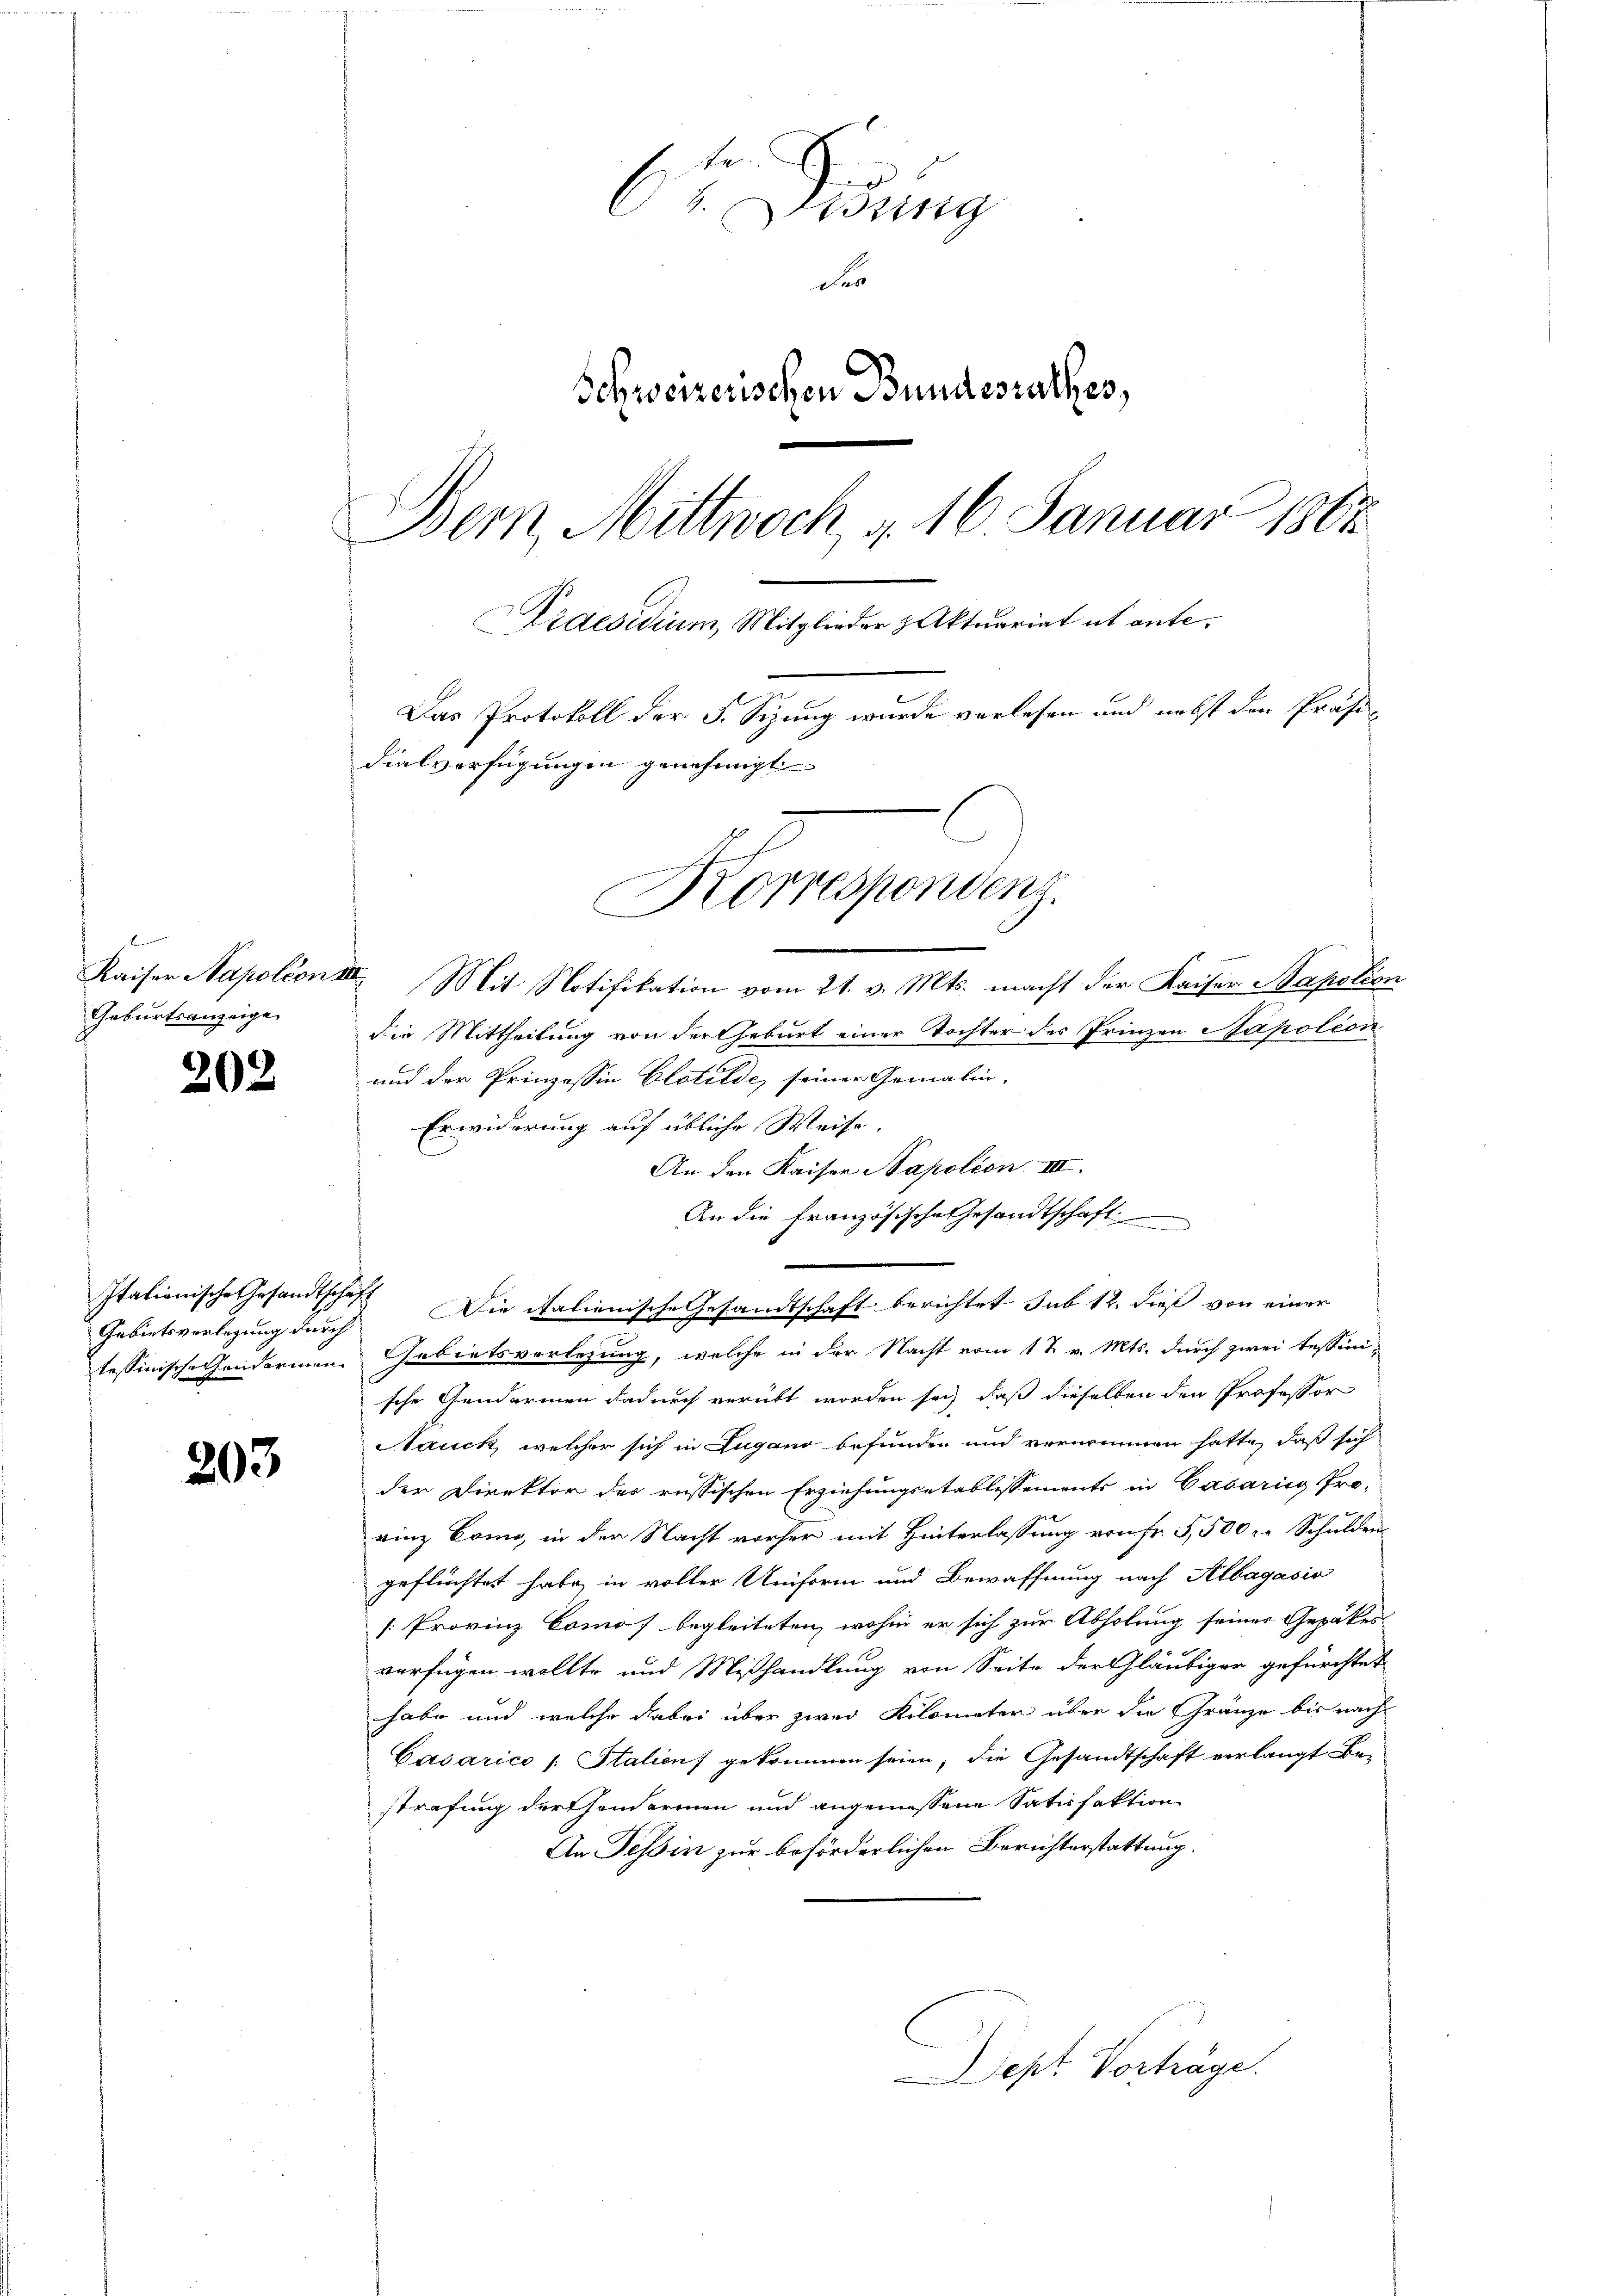
f
Kaiser Napoléon
Geburtsanzeige

202

203

6
zing
Schweizerischen Bundesrathes,
Bern, Mittwoch v. 16 Januar 1865.
Eidesidium, Mitglieder Aktuariat et ante¬
Das Protokoll der F. Sizung wurde verlesen und nebst den Präsidialverfügungen genehmigt

Italionische Gesandtschaf
Gebietsverlegung durch
tessinische Gendarmen

Korrespondenz.
II. Mit Notifikation vom 21. v. Mts. macht der Kaiser Napoléon

die Mittheilung von der Geburt einer Tochter des Prinzen Napoleon
und der Prinzessin Clotilde, seiner Gemälin-
Erwiderung auf übliche Weise.
An den Kaiser Napolion III.
An die französische Gesandtschaft
 Die italienische Gesandtschaft berichtet sub 12. dieß von einer
Gebietsverlesung, welche in der Nacht vom 1 t v. Mts. durch zwei Tessini-
sche Gendarmen dadurch verübt worden sich, daß dieselben den Professor
Nauck, welcher sich in Lugano befunden und vernounnen hatte, daß sich
der Direktor der russischen Erziehungsetablissements in Casaris Pro-
rinz Como, in der Nacht vorher mit Hinterlassung von Fr. 5,500 " " Schulden
geflüchtet habe, in voller Uniform und Bewaffnung nach Albagasio
[Provinz Comos begleiteten, wohin er sich zur Abholung seiner Gezakes
verfügen wollte und Mißhandlung von Seite der Gläubiger gefürchtet
habe und welche dabei über zwei Kilometer über die Gränze bis nach
Casarice /: Italien) gekommen seien; die Gesandtschaft verlangt Bestrafung der sonderinn und angeniessene Satisfaktion
An Tessin zur beförderlichen Berichterstattung.
Dept Vorträge.

Der